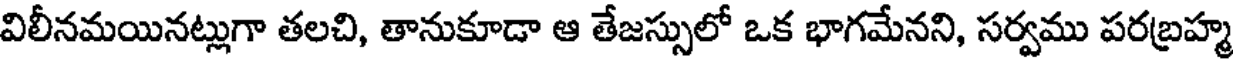
విలీనమయినట్లుగా తలచి, తానుకూడా ఆ తేజస్సులో ఒక భాగమేనని, సర్వము పరబ్రహ్మ